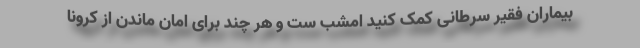
بیماران فقیر سرطانی کمک کنید امشب ست و هر چند برای امان ماندن از کرونا